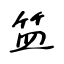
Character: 笽